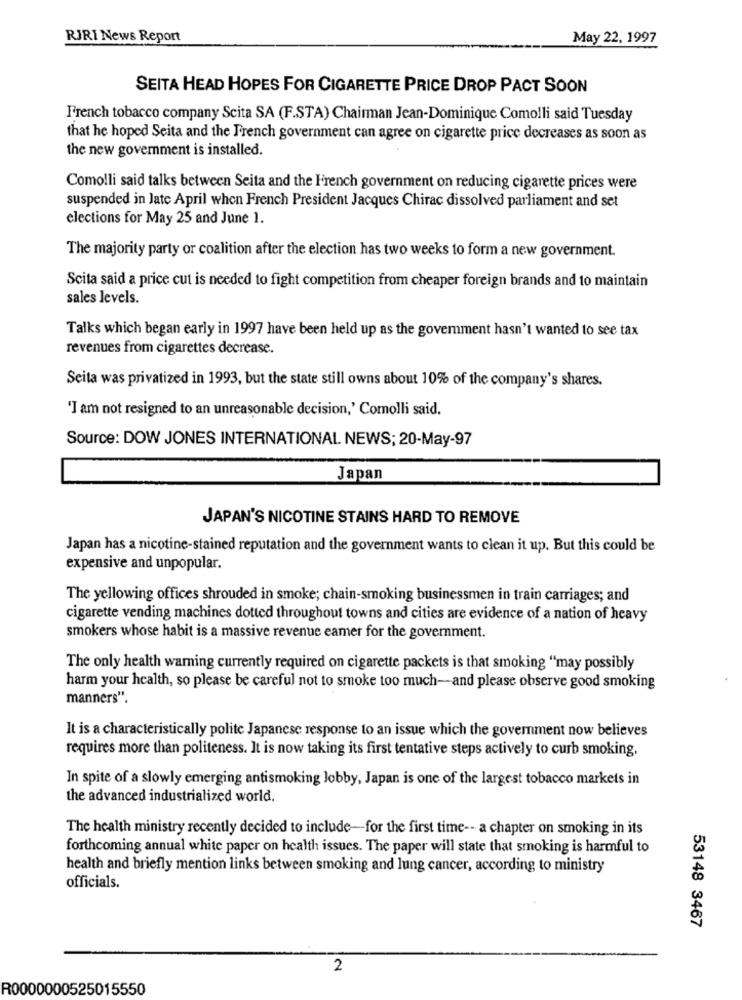
RIRI News Report
May 22, 1997
SEITA HEAD HOPES FOR CIGARETTE PRICE DROP PACT SOON
French tobacco company Scita SA (F.STA) Chairman Jean-Dominique Comolli said Tuesday
that he hoped Seita and the French government can agree on cigarette price decreases as soon as
the new government is installed.
Comolli said talks between Seita and the French government on reducing cigarette prices were
suspended in Jate April when French President Jacques Chirac dissolved parliament and set
elections for May 25 and June 1.
The majority party or coalition after the election has two weeks to form a new government.
Scita said a price cut is needed to fight competition from cheaper foreign brands and to maintain
sales levels.
Talks which began early in 1997 have been held up as the government hasn't wanted to see tax
revenues from cigarettes decrease.
Seita was privatized in 1993, but the state still owns about 10% of the company's shares.
'I am not resigned to an unreasonable decision,' Comolli said.
Source: DOW JONES INTERNATIONAL NEWS; 20-May-97
Japan
JAPAN'S NICOTINE STAINS HARD TO REMOVE
Japan has a nicotine-stained reputation and the government wants to clean it up. But this could be
expensive and unpopular.
The yellowing offices shrouded in smoke; chain-smoking businessmen in train carriages; and
cigarette vending machines dotted throughout towns and cities are evidence of a nation of heavy
smokers whose habit is a massive revenue eamer for the government.
The only health warning currently required on cigarette packets is that smoking "may possibly
harm your health, so please be careful not to smoke too much-and please observe good smoking
manners".
It is a characteristically polite Japanese response to an issue which the government now believes
requires more than politeness. It is now taking its first tentative steps actively to curb smoking.
In spite of a slowly emerging antismoking lobby, Japan is one of the largest tobacco markets in
the advanced industrialized world.
The health ministry recently decided to include-for the first time -- a chapter on smoking in its
forthcoming annual white paper on health issues. The paper will state that smoking is harmful to
health and briefly mention links between smoking and lung cancer, according to ministry
officials.
53148 3467
2
R0000000525015550